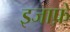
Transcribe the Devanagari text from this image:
इजाफ़े